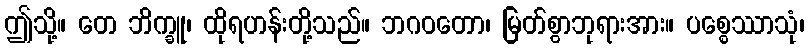
ဤသို့။ တေ ဘိက္ခူ၊ ထိုရဟန်းတို့သည်။ ဘဂဝတော၊ မြတ်စွာဘုရားအား။ ပစ္စေဿာသုံ၊